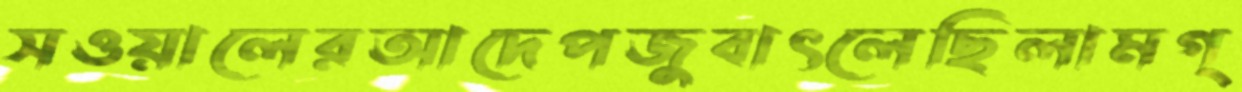
সওয়ালেরআদেপজুবাৎলেছিলামগ্